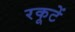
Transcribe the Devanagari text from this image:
रकूटें